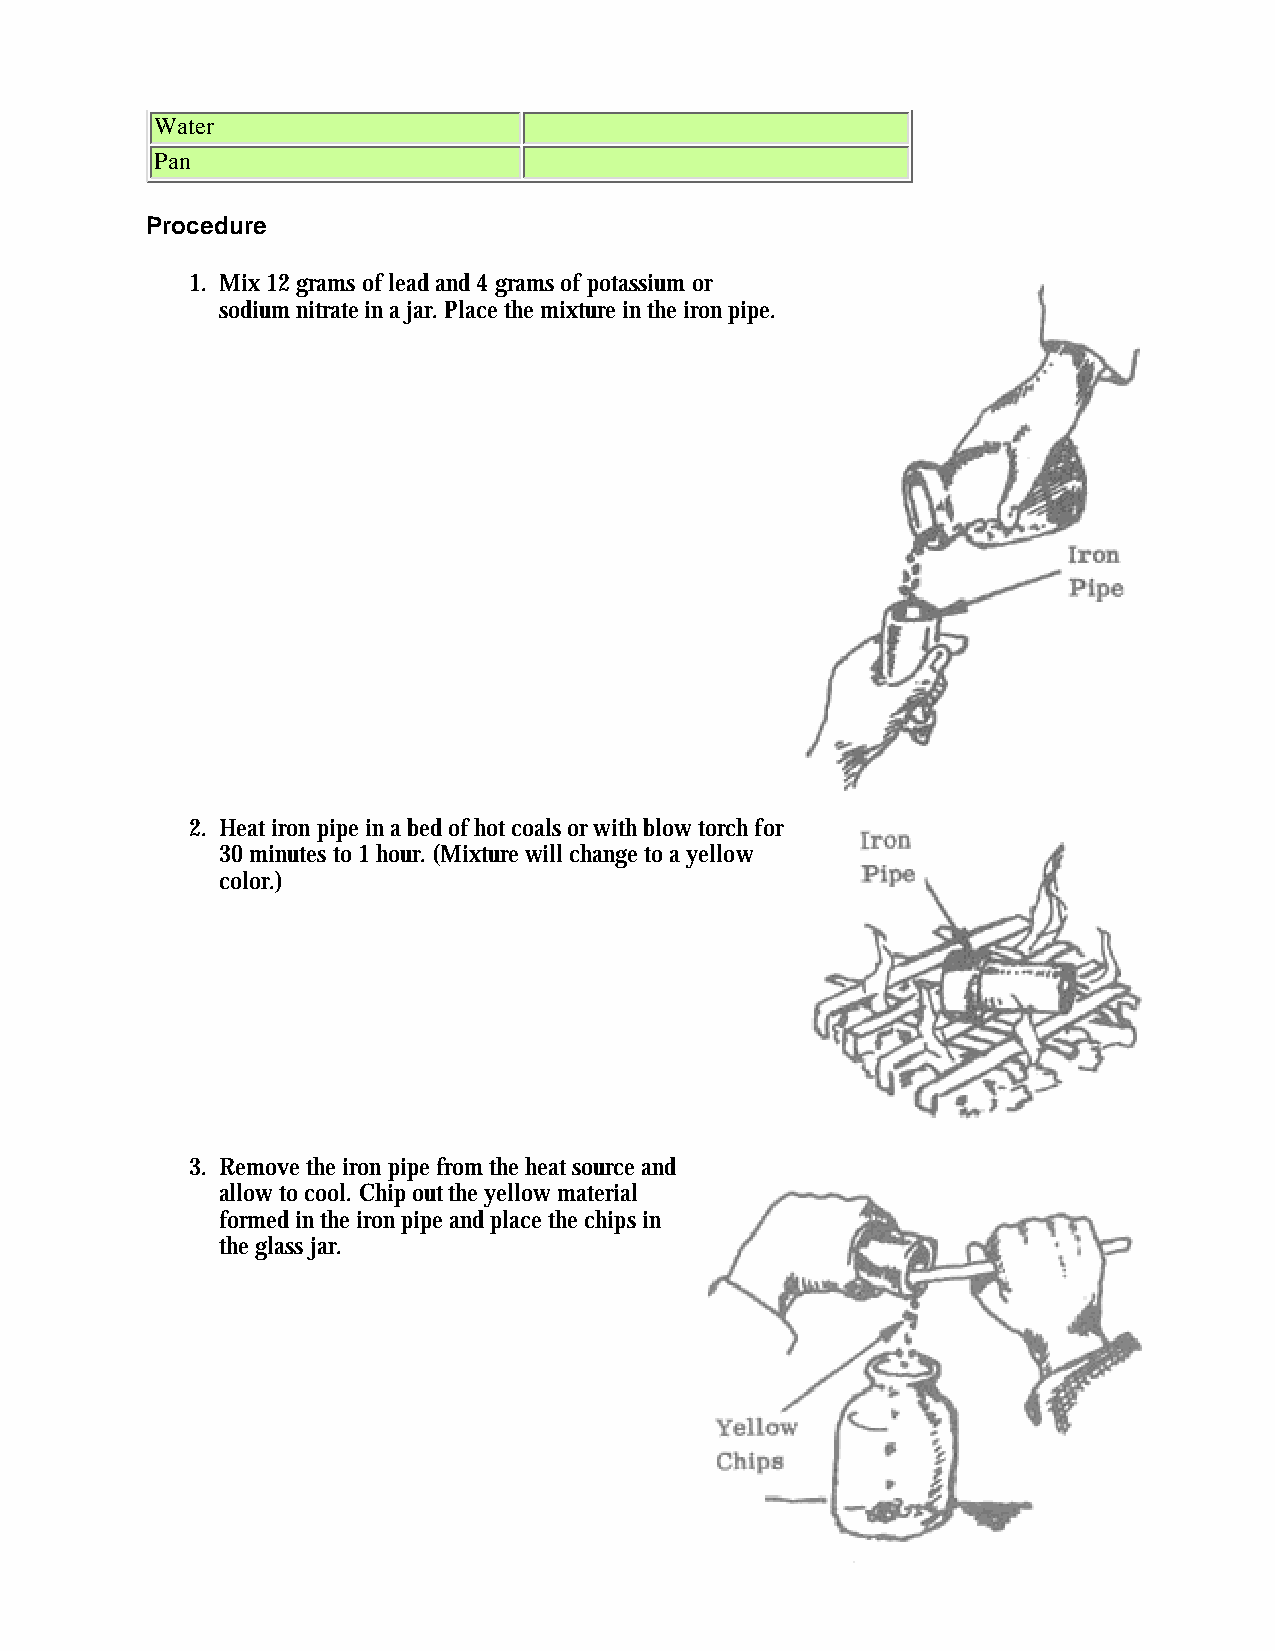
Water
 Pan
 Procedure
 1. Mix 12 grams of lead and 4 grams of potassium or
 sodium nitrate in a jar. Place the mixture in the iron pipe.
 2. Heat iron pipe in a bed of hot coals or with blow torch for
 30 minutes to 1 hour. (Mixture will change to a yellow
 color.)
 3. Remove the iron pipe from the heat source and
 allow to cool. Chip out the yellow material
 formed in the iron pipe and place the chips in
 the glass jar.